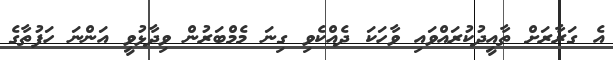
އެ ގަރާރަށް ތާއީދުކުރައްވައި ވާހަކަ ދެއްކެވި ގިނަ މެމްބަރުން ވިދާޅުވީ އަންނަ ހަފުތާގެ